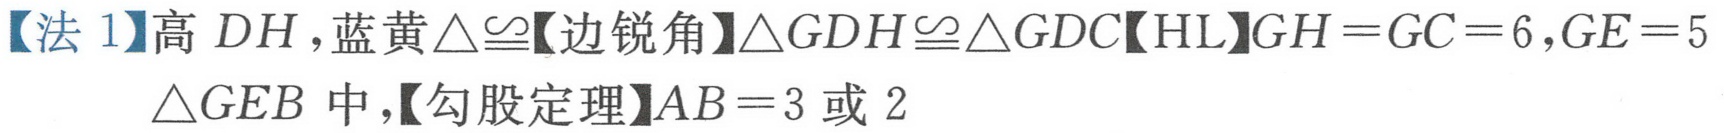
【法 1】高 \(DH\)，蓝黄\(\triangle\cong\)【边锐角】\(\triangle GDH\cong\triangle GDC\)【HL】\(GH = GC = 6\)，\(GE = 5\)
\(\triangle GEB\)中，【勾股定理】\(AB = 3\)或 \(2\)